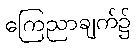
ကြေညာချက်၌